Tezpur Lunatic Asylum reports 1895-1904 - 1895-1904
Year: 1895
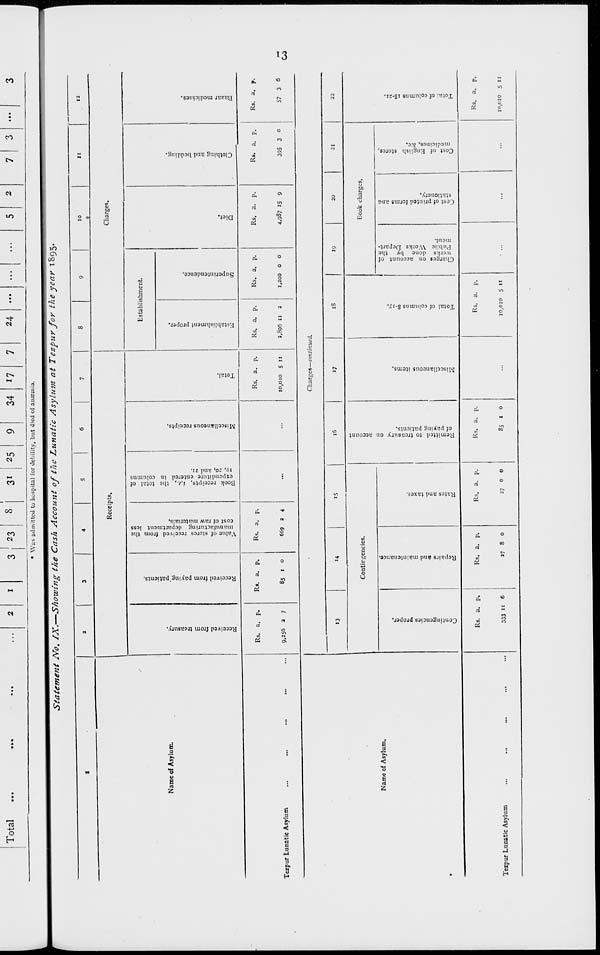
r
e
P
c
3
H
N
c
S3
P
3
8.
>
c
3
P
•a
00
o
Contingencies proper.
Repairs and maintenance
2
s o
o
I
B
.3
B
a
P
P
p
a
a
Rates and taxes.
P
pi
o
7
S3
o
VO
P
"
*■
7
Remitted to treasury on account
of paying patients.
Miscellaneous items.
Total of columns 8-i7.
Charges on account of
works done by the
Public Works Depart-
ment.
Cost of printed forms and
stationery.
o
o
o
P
o>
M
TJ
Cost of English stores,
medicines, &c.
a
Total of columns 18-21.
Received from treasury.
Received from paying'patients.
Value of stores received from the
manufacturing department less
cost of raw materials.
P
c
O
5?
P
Book receipts, i.e., the total of
expenditure entered in columns
19, 20, and 21.
SB
Miscellaneous receipts.
Total.
P
N
"
y
M
71
O
O
p
O
O
V
p
Establishment proper.
Superintendence.
m
p
c
Diet.
o
p
Clothing and bedding.
O
3-
p
Bazar medicines.
s
»
♦i,
s
<3
R
St
"*
M
CO
VO
*
p
p
B
p
a
o
p
3
8
S
€i